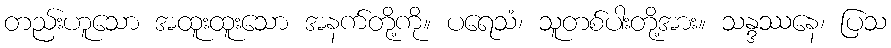
တည်းဟူသော အထူးထူးသော အနက်တို့ကို။ ပရေသံ၊ သူတစ်ပါးတို့အား။ သန္ဒဿနေ၊ ပြသ